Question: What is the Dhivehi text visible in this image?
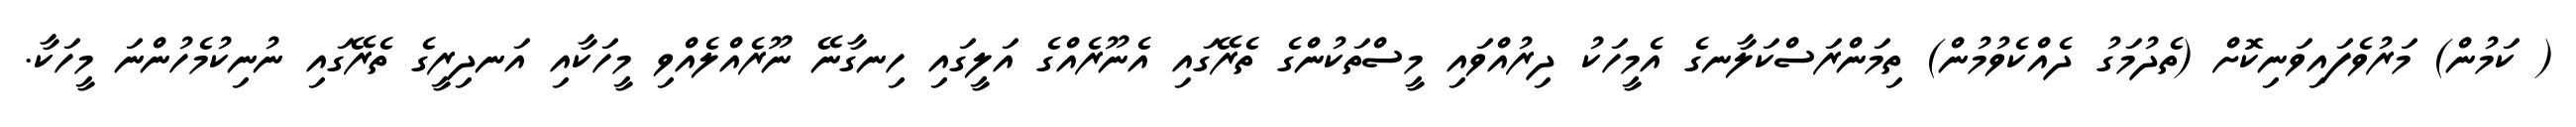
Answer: ( ކަމުން) މަރުވެފައިވަނިކޮށް (ތެދުމަގު ދެއްކެވުމުން) ތިމަންރަސްކަލާނގެ އެމީހަކު ދިރުއްވައި މީސްތަކުންގެ ތެރޭގައި އެނޫރެއްގެ އަލީގައި ހިނގާނޭ ނޫރެއްލެއްވި މީހަކާއި އަނދިރީގެ ތެރޭގައި ނުނިކުމެހުންނަ މީހަކާ.